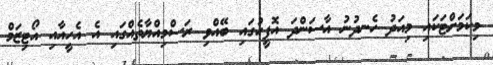
މިކަމަށްޓަކައި މިއަދު ހެނދުނު އާސަންދަ އޮފީހުގައި ބޭއްވި ރަސްމިއްޔާތެއްގައި އެ އެހީއާއި އޯޓިޒަމް